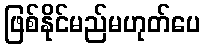
ဖြစ်နိုင်မည်မဟုတ်ပေ